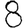
Digit: 8